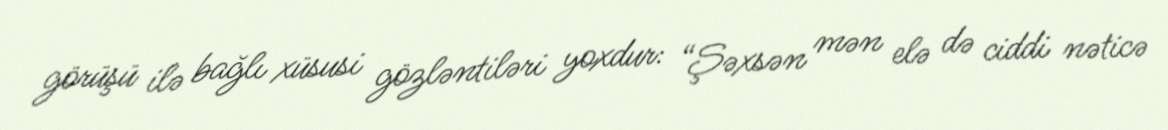
görüşü ilə bağlı xüsusi gözləntiləri yoxdur: “Şəxsən mən elə də ciddi nəticə